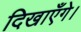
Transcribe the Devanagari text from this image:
दिखाएँगे।